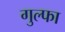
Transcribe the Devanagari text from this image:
गुल्फा